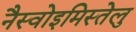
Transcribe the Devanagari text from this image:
नैस्वोइमिस्तेलु